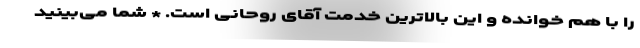
را با هم خوانده و این بالاترین خدمت آقای روحانی است. * شما می‌بینید